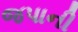
જપાની